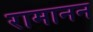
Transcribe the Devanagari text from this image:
रामानन